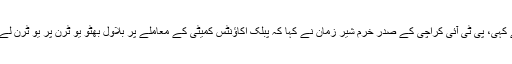
یہ بات انہوں نے چیئر مین پی پی بلاول بھٹو زرداری کے حالیہ بیان پر اپنا ردعمل دیتے ہوئے کہی، پی ٹی آئی کراچی کے صدر خرم شیر زمان نے کہا کہ پبلک اکاؤنٹس کمیٹی کے معاملے پر بلاول بھٹو یو ٹرن پر یو ٹرن لے رہے ہیں، وفاق میں پی اے سی مانگنے والے سندھ میں آکر اپنے مؤقف سے پیچھے ہٹ گئے۔